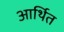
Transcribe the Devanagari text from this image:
आर्थित